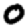
Digit: 0